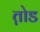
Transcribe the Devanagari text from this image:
त़ोड